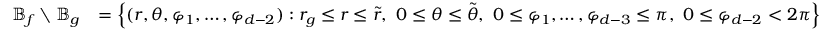
\begin{array} { r l } { \mathbb { B } _ { f } \setminus \mathbb { B } _ { g } } & { = \left\{ ( r , \theta , \varphi _ { 1 } , \dots , \varphi _ { d - 2 } ) : r _ { g } \le r \le \tilde { r } , \ 0 \le \theta \le \tilde { \theta } , \ 0 \le \varphi _ { 1 } , \dots , \varphi _ { d - 3 } \le \pi , \ 0 \le \varphi _ { d - 2 } < 2 \pi \right\} } \end{array}